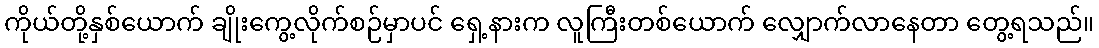
ကိုယ်တို့နှစ်ယောက် ချိုးကွေ့လိုက်စဉ်မှာပင် ရှေ့နားက လူကြီးတစ်ယောက် လျှောက်လာနေတာ တွေ့ရသည်။